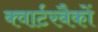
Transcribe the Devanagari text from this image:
क्वार्टरबैकों